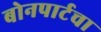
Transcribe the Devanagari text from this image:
बोनपार्टचा